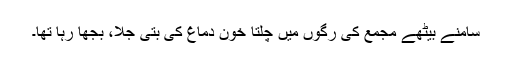
سامنے بیٹھے مجمع کی رگوں میں چلتا خون دماغ کی بتی جلا، بجھا رہا تھا۔